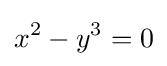
x^{2}-y^{3}=0